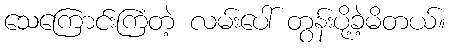
သေကြောင်းကြံတဲ့ လမ်းပေါ် တွန်းပို့ခဲ့မိတယ်။